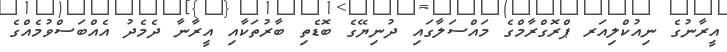
އީރާނުގެ ނިއުކްލިއަރ ޕްރޮގްރާމްގެ މައްސަލާގައި ދުނިޔޭގެ ބޮޑެތި ބާރުތަކާއި އީރާނާ ދެމެދު އެއްބަސްވުމެއްގެ